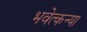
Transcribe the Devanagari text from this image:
भवेत्कन्या